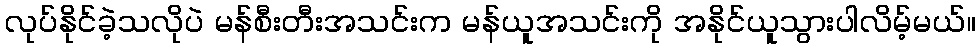
လုပ်နိုင်ခဲ့သလိုပဲ မန်စီးတီးအသင်းက မန်ယူအသင်းကို အနိုင်ယူသွားပါလိမ့်မယ်။